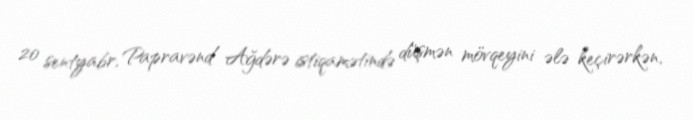
20 sentyabr, Papravənd Ağdərə istiqamətində düşmən mövqeyini ələ keçirərkən,